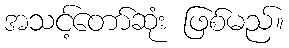
အသင့်တော်ဆုံး ဖြစ်မည်။